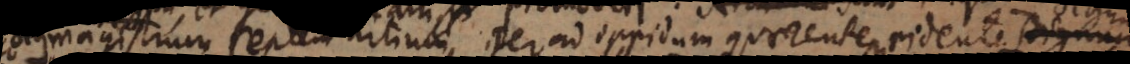
magistrum septem artium iter ad oppidum quaerentem ridente) dignum